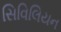
સિવિલિયન